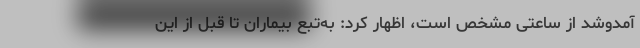
آمدوشد از ساعتی مشخص است، اظهار کرد: به‌تبع بیماران تا قبل از این